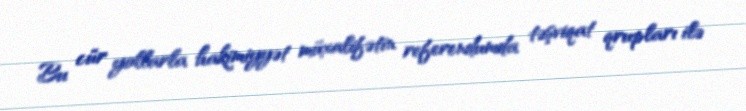
Bu cür yollarla hakimiyyət müxalifətin referendumda təşviqat qrupları ilə